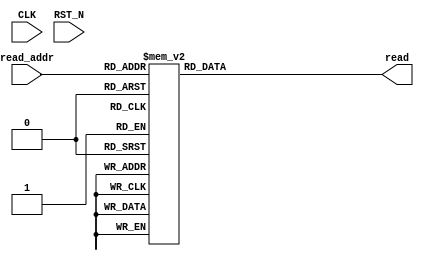
//
// Generated by Bluespec Compiler, version 2021.07-1-gaf77efcd (build af77efcd)
//
// On Thu Dec  2 18:21:44 IST 2021
//
//
// Ports:
// Name                         I/O  size props
// read                           O     8
// CLK                            I     1 unused
// RST_N                          I     1 unused
// read_addr                      I     4
//
// Combinational paths from inputs to outputs:
//   read_addr -> read
//
//

`ifdef BSV_ASSIGNMENT_DELAY
`else
  `define BSV_ASSIGNMENT_DELAY
`endif

`ifdef BSV_POSITIVE_RESET
  `define BSV_RESET_VALUE 1'b1
  `define BSV_RESET_EDGE posedge
`else
  `define BSV_RESET_VALUE 1'b0
  `define BSV_RESET_EDGE negedge
`endif

module mkRconRom(CLK,
		 RST_N,

		 read_addr,
		 read);
  input  CLK;
  input  RST_N;

  // value method read
  input  [3 : 0] read_addr;
  output [7 : 0] read;

  // signals for module outputs
  reg [7 : 0] read;

  // value method read
  always@(read_addr)
  begin
    case (read_addr)
      4'd0: read = 8'h01;
      4'd1: read = 8'h02;
      4'd2: read = 8'h04;
      4'd3: read = 8'h08;
      4'd4: read = 8'h10;
      4'd5: read = 8'h20;
      4'd6: read = 8'h40;
      4'd7: read = 8'h80;
      4'd8: read = 8'h1B;
      default: read = 8'h36;
    endcase
  end
endmodule  // mkRconRom